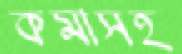
কমাসহ